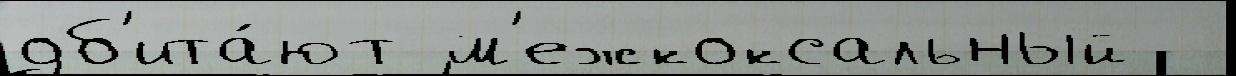
об'ита́ют м'ежкоксальный